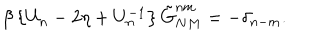
\beta \left\{ U _ { n } - 2 \eta + U _ { n } ^ { - 1 } \right\} \tilde { G } _ { N M } ^ { n m } = - \delta _ { n - m } .